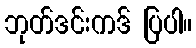
ဘုတ်ဒင်းကဒ် ပြပါ။